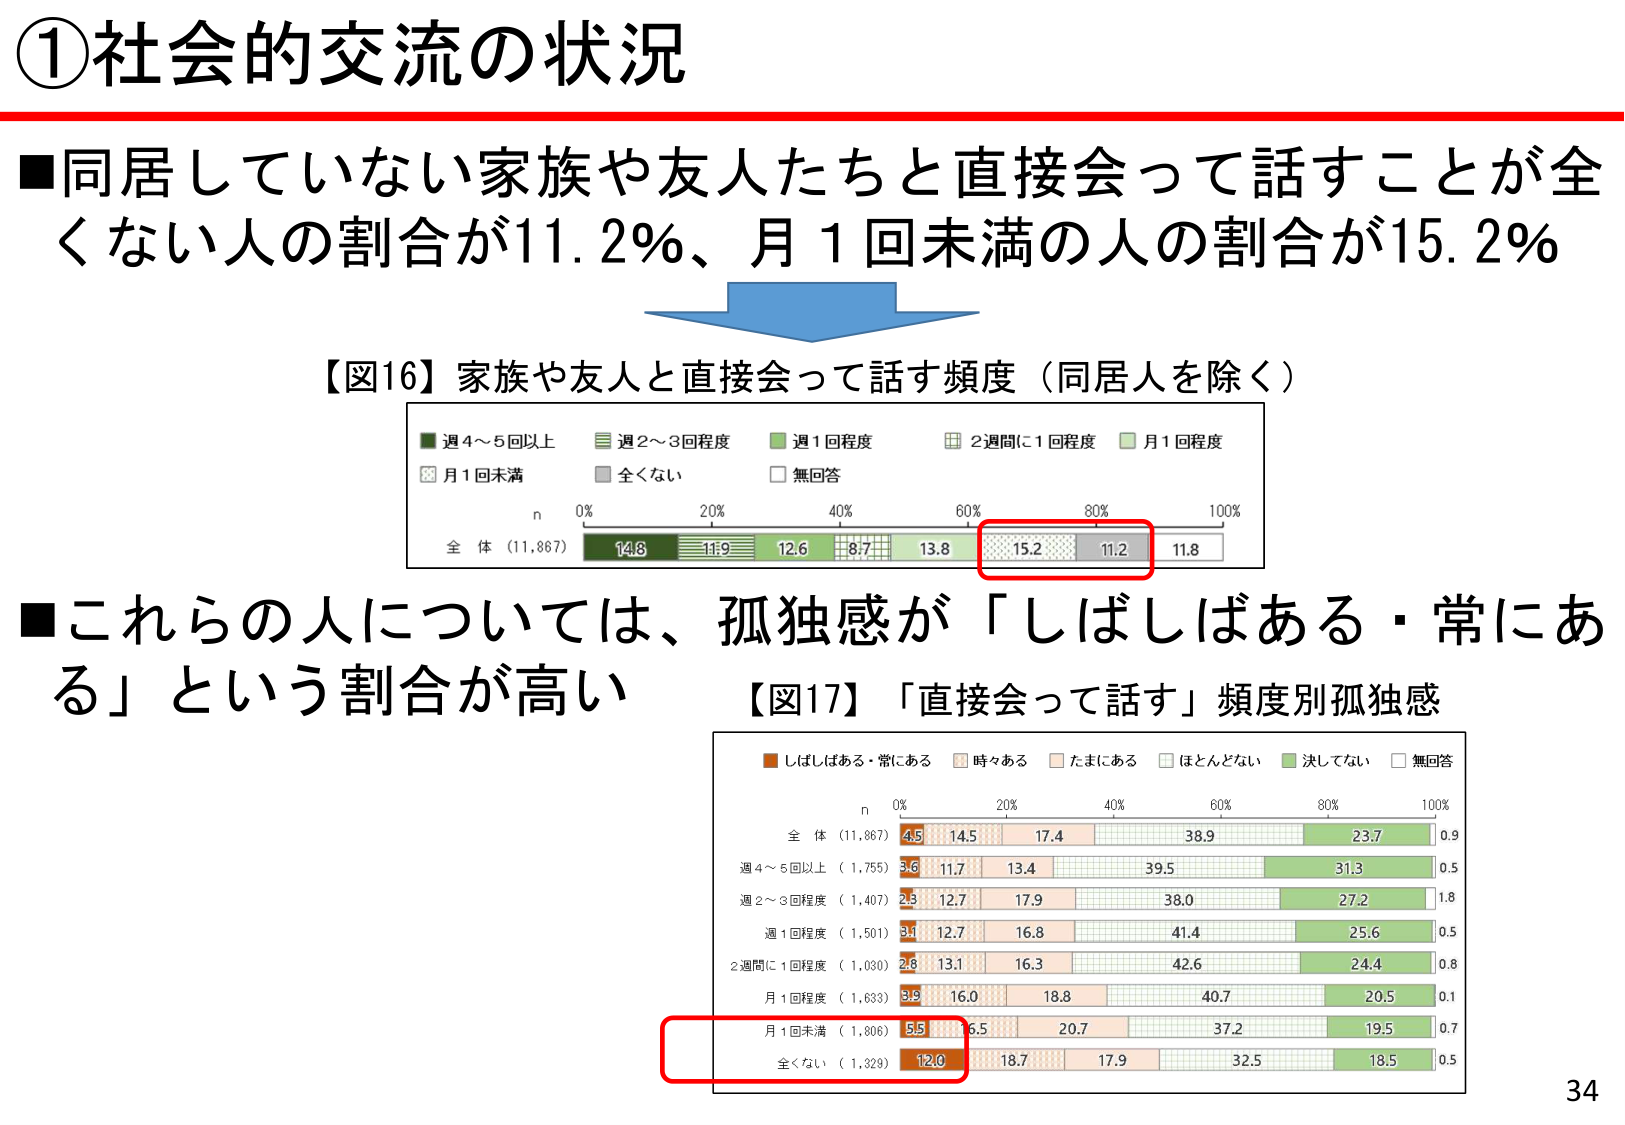
①社会的交流の状況

■同居していない家族や友人たちと直接会って話すことが全くない人の割合が11.2％、月1回未満の人の割合が15.2％

【図16】家族や友人と直接会って話す頻度（同居人を除く）
■週4～5回以上
■週2～3回程度
■週1回程度
■2週間に1回程度
■月1回程度
■月1回未満
■全くない
■無回答

n
0% 20% 40% 60% 80% 100%
全 体（11,867）
14.8 11.9 12.6 8.7 13.8 15.2 11.2 11.8

■これらの人については、孤独感が「しばしばある・常にあ る」という割合が高い

【図17】「直接会って話す」頻度別孤独感
■しばしばある・常にあ る
■時々ある
■たまにある
■ほとんどない
■決してない
■無回答

n
0% 20% 40% 60% 80% 100%
全 体（11,867）
4.5 14.5 17.4 38.9 23.7 0.9
週4～5回以上（1,755）
5.6 11.7 13.4 39.5 31.3 0.5
週2～3回程度（1,407）
2.3 12.7 17.9 38.0 27.2 1.8
週1回程度（1,501）
3.1 12.7 16.8 41.4 25.6 0.5
2週間に1回程度（1,030）
2.8 13.1 16.3 42.6 24.4 0.8
月1回程度（1,633）
3.9 16.0 18.8 40.7 20.5 0.1
月1回未満（1,806）
5.5 6.5 20.7 37.2 19.5 0.7
全くない（1,329）
12.0 18.7 17.9 32.5 18.5 0.5

34